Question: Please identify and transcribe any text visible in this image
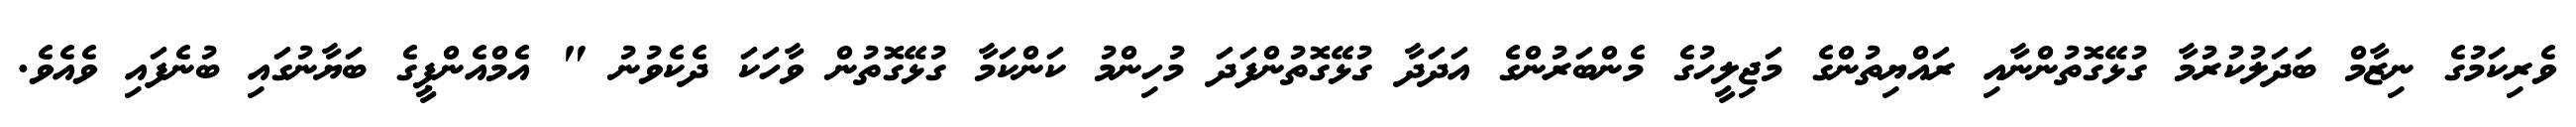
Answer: ވެރިކަމުގެ ނިޒާމް ބަދަލުކުރުމާ ގުޅޭގޮތުންނާއި ރައްޔިތުންގެ މަޖިލީހުގެ މެންބަރުންގެ އަދަދާ ގުޅޭގޮތުންފަދަ މުހިންމު ކަންކަމާ ގުޅޭގޮތުން ވާހަކަ ދެކެވުނު " އެމްއެންޕީގެ ބަޔާނުގައި ބުނެފައި ވެއެވެ.